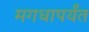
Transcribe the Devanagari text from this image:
मगधापर्यंत